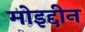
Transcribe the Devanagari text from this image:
मोइद्दीन